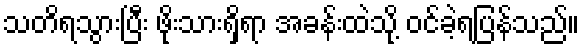
သတိရသွားပြီး ဖိုးသားရှိရာ အခန်းထဲသို့ ဝင်ခဲ့ရပြန်သည်။